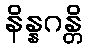
နိန္နဂန္တိ